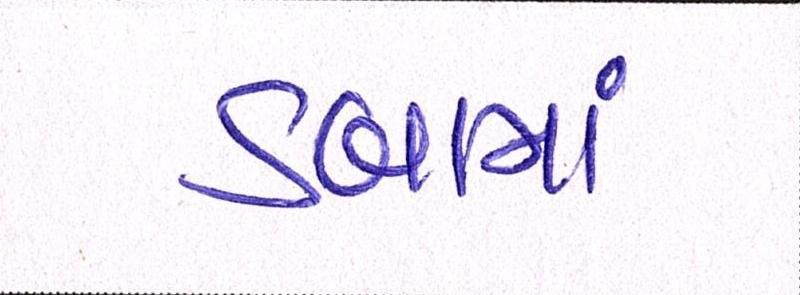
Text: ડબામાં